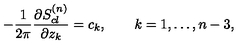
- { \frac { 1 } { 2 \pi } } { \frac { \partial S _ { c l } ^ { ( n ) } } { \partial z _ { k } } } = c _ { k } , \qquad k = 1 , \ldots , n - 3 ,